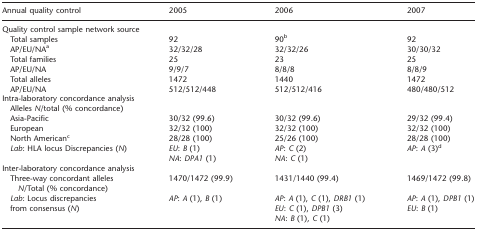
<table><thead><tr><td><b>Annual quality control</b></td><td><b>2005</b></td><td><b>2006</b></td><td><b>2007</b></td></tr></thead><tbody><tr><td colspan="4">Quality control sample network source</td></tr><tr><td> Total samples</td><td>92</td><td>90<sup>b</sup></td><td>92</td></tr><tr><td> AP/EU/NA<sup>a</sup></td><td>32/32/28</td><td>32/32/26</td><td>30/30/32</td></tr><tr><td> Total families</td><td>25</td><td>23</td><td>25</td></tr><tr><td> AP/EU/NA</td><td>9/9/7</td><td>8/8/8</td><td>8/8/9</td></tr><tr><td> Total alleles</td><td>1472</td><td>1440</td><td>1472</td></tr><tr><td> AP/EU/NA</td><td>512/512/448</td><td>512/512/416</td><td>480/480/512</td></tr><tr><td colspan="4">Intra-laboratory concordance analysis</td></tr><tr><td> Alleles <i>N</i>/total (%concordance)</td><td></td><td></td><td></td></tr><tr><td> Asia-Pacific</td><td>30/32 (99.6)</td><td>30/32 (99.6)</td><td>29/32 (99.4)</td></tr><tr><td> European</td><td>32/32 (100)</td><td>32/32 (100)</td><td>32/32 (100)</td></tr><tr><td> North American<sup>c</sup></td><td>28/28 (100)</td><td>25/26 (100)</td><td>28/28 (100)</td></tr><tr><td> <i>Lab</i>: HLA locus Discrepancies(<i>N</i>)</td><td><i>EU</i>: <i>B</i> (1)</td><td><i>AP</i>: <i>C</i> (2)</td><td><i>AP</i>: <i>A</i> (3)<sup>d</sup></td></tr><tr><td></td><td><i>NA</i>: <i>DPA1</i> (1)</td><td><i>NA</i>: <i>C</i> (1)</td><td></td></tr><tr><td colspan="4">Inter-laboratory concordance analysis</td></tr><tr><td> Three-way concordant alleles<i>N</i>/Total (% concordance)</td><td>1470/1472 (99.9)</td><td>1431/1440 (99.4)</td><td>1469/1472 (99.8)</td></tr><tr><td> <i>Lab</i>: Locus discrepancies fromconsensus (<i>N</i>)</td><td><i>AP</i>: <i>A</i> (1),<i>B</i> (1)</td><td><i>AP</i>: <i>A</i> (1),<i>C</i> (1), <i>DRB1</i> (1)<i>EU</i>: <i>C</i> (1),<i>DPB1</i> (3) <i>NA</i>:<i>B</i> (1), <i>C</i> (1)</td><td><i>AP</i>: <i>A</i> (1),<i>DPB1</i> (1) <i>EU</i>:<i>B</i> (1)</td></tr></tbody></table>